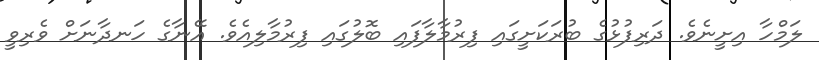
ލަމްހާ އިށީނެވެ. ދަރިފުޅުގެ ބުރަކަށީގައި ފިރުމާލާފައި ބޮލުގައި ފިރުމާލިއެވެ. އޭނާގެ ހަނދާނަށް ވެރިވީ